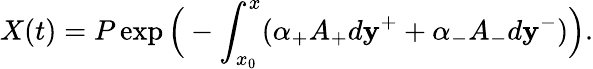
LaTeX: X(t)=P\exp\Big(-\int_{x_{0}}^{x}(\alpha_{+}A_{+}d\mathbf{y}^{+}+\alpha_{-}A_{-}d\mathbf{y}^{-})\Big).